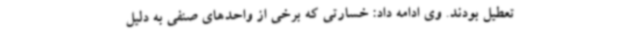
تعطیل بودند. وی ادامه داد: خسارتی که برخی از واحدهای صنفی به دلیل